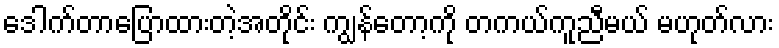
ဒေါက်တာပြောထားတဲ့အတိုင်း ကျွန်တော့ကို တကယ်ကူညီမယ် မဟုတ်လား